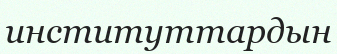
институттардын